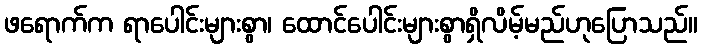
ဖရောက်က ရာပေါင်းများစွာ၊ ထောင်ပေါင်းများစွာရှိလိမ့်မည်ဟုပြောသည်။